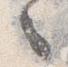
之